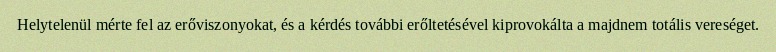
Helytelenül mérte fel az erőviszonyokat, és a kérdés további erőltetésével kiprovokálta a majdnem totális vereséget.